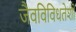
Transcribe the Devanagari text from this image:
जैवविविधतेशी